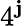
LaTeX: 4^{\mathbf{j}}